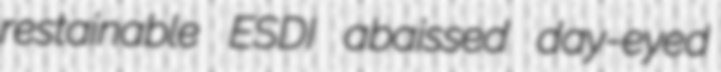
restainable ESDI abaissed day-eyed